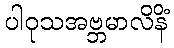
ပါဝုသအဗ္ဘမာလိနိံ